Civil Veterinary Dept. Bombay admin report 1907-1913 - 1907-1913
Year: 1907
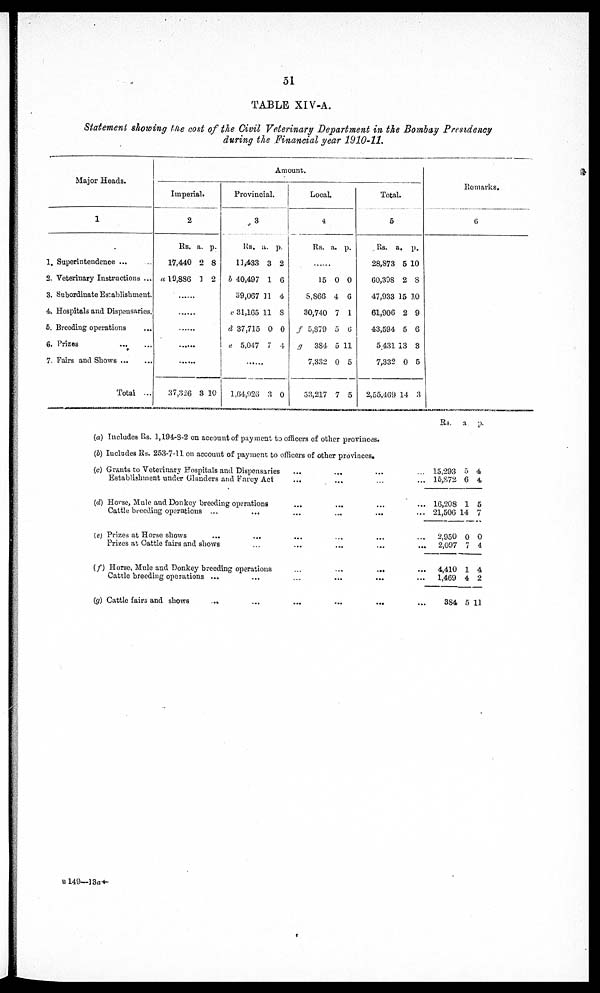
51
TABLE XIV-A,
Statement showing the cost of the Civil Veterinary Department in the Bombay Presidency
during the Financial year 1910-11.
Major Heads.
1
1. Superintendence ... ...
2. Veterinary Instructions ...
3. Subordinate Establishment
4. Hospitals and Dispensaries.
6. Breeding operations ...
6. Prizes
...
...
7. Fairs and Shows ... ...
Total ...
Amount.
Imperial.
2
Rs. a. p.
17,440 2 8
a 19,836 1 2
......
......
......
......
......
37,326 8 10
Provincial.
3
Rs. a. p.
11,433 3 2
b 40,497 1 6
39,067 11 4
c 31,165 11 8
d 37,715 0 0
e 5,047 7 4
......
1,64, 925 3 0
Local.
4
Rs. a. p.
......
15 0 0
8,866 4 6
30,740 7 1
f 5,879 5 6
g
384 5 11
7,332 0 5
53,217 7 5
Total.
5
Rs. a, p.
28,873 5 10
60,398 2 8
47,933 15 10
61,906 2 9
43,594 5 6
5.431 13 8
7,332 0 5
2,55,469 14 3
Remarks.
6
(a) Includes Rs. 1,194-3-2 on account of payment to officers of other provinces.
(b) Includes Rs. 253-7-11 on account of payment to officers of other provinces.
(c) Grants to Veterinary Hospitals and Dispensaries ... ... ...
Establishment under Glanders and Farcy Act ... ... ...
(d) Horse, Mule and Donkey breeding operations ... ... ...
Cattle breeding operations ...
...
...
...
...
(e) Prizes at Horse shows ... ... ... ... ...
Prizes at Cattle fairs and shows ... ... ... ... ...
(f) Horse, Mule and Donkey breeding operations
...
...
...
Cattle breeding operations ... ... ... ... ...
(g) Cattle fairs and shows
...
...
...
...
...
...
...
...
...
...
...
Rs.
a
p.
15,293 5 4
15,872 6 4
16,208 1 5
21,506 14 7
2,950 0 0
2,097 7 4
4,410 1 4
1,469 4 2
884 5 11
B 149—18a†